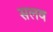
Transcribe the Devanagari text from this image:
सलव